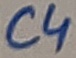
Text: C4